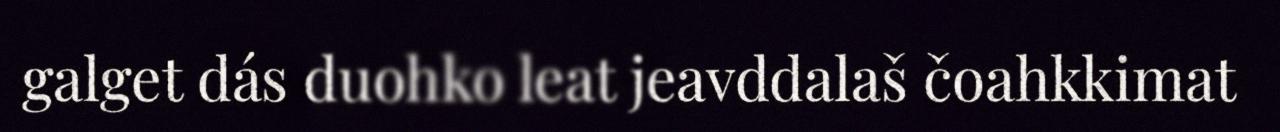
galget dás duohko leat jeavddalaš čoahkkimat